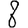
Digit: 8